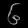
Digit: ၆